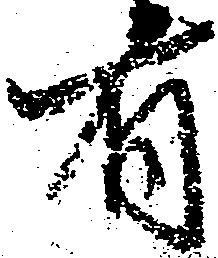
有